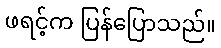
ဖရင့်က ပြန်ပြောသည်။